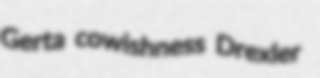
Gerta cowishness Drexler